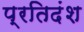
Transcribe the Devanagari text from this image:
प्रतिदंश